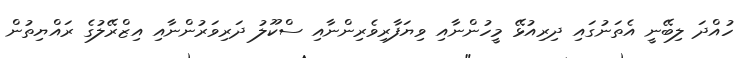
ހުއްދަ ލިބޭނީ އެތަނުގައި ދިރިއުޅޭ މީހުންނާއި ވިޔަފާރިވެރިންނާއި ސްކޫލު ދަރިވަރުންނާއި އިޒްރޭލުގެ ރައްޔިތުން